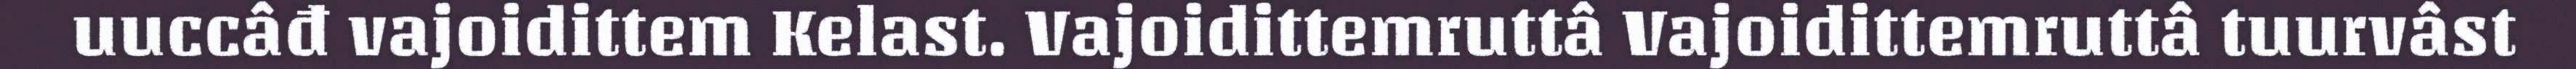
uuccâđ vajoidittem Kelast. Vajoidittemruttâ Vajoidittemruttâ tuurvâst